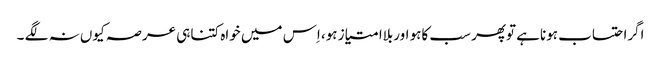
اگراحتساب ہوناہے توپھر سب کاہو اوربلاامتیاز ہو، اِس میں خواہ کتناہی عرصہ کیوں نہ لگے ۔